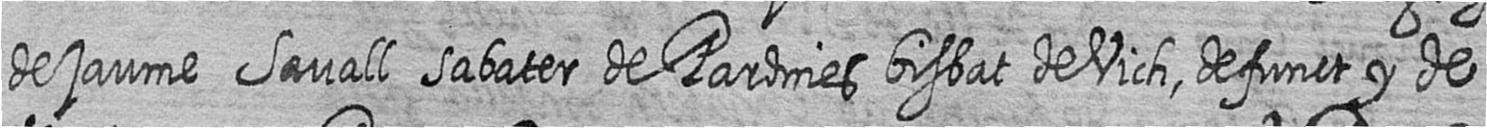
de jaume Savall sabater de Pardnies bisbat de Vich defunct y de